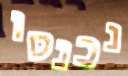
נכנסו